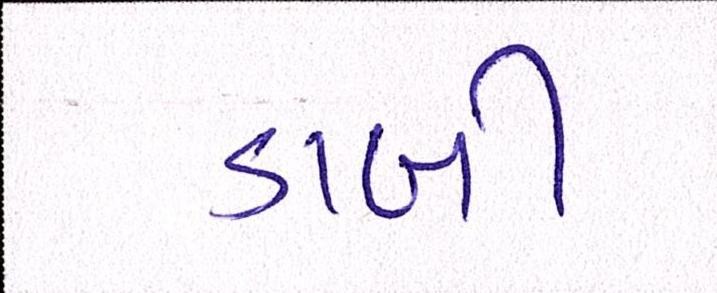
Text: ડાબી